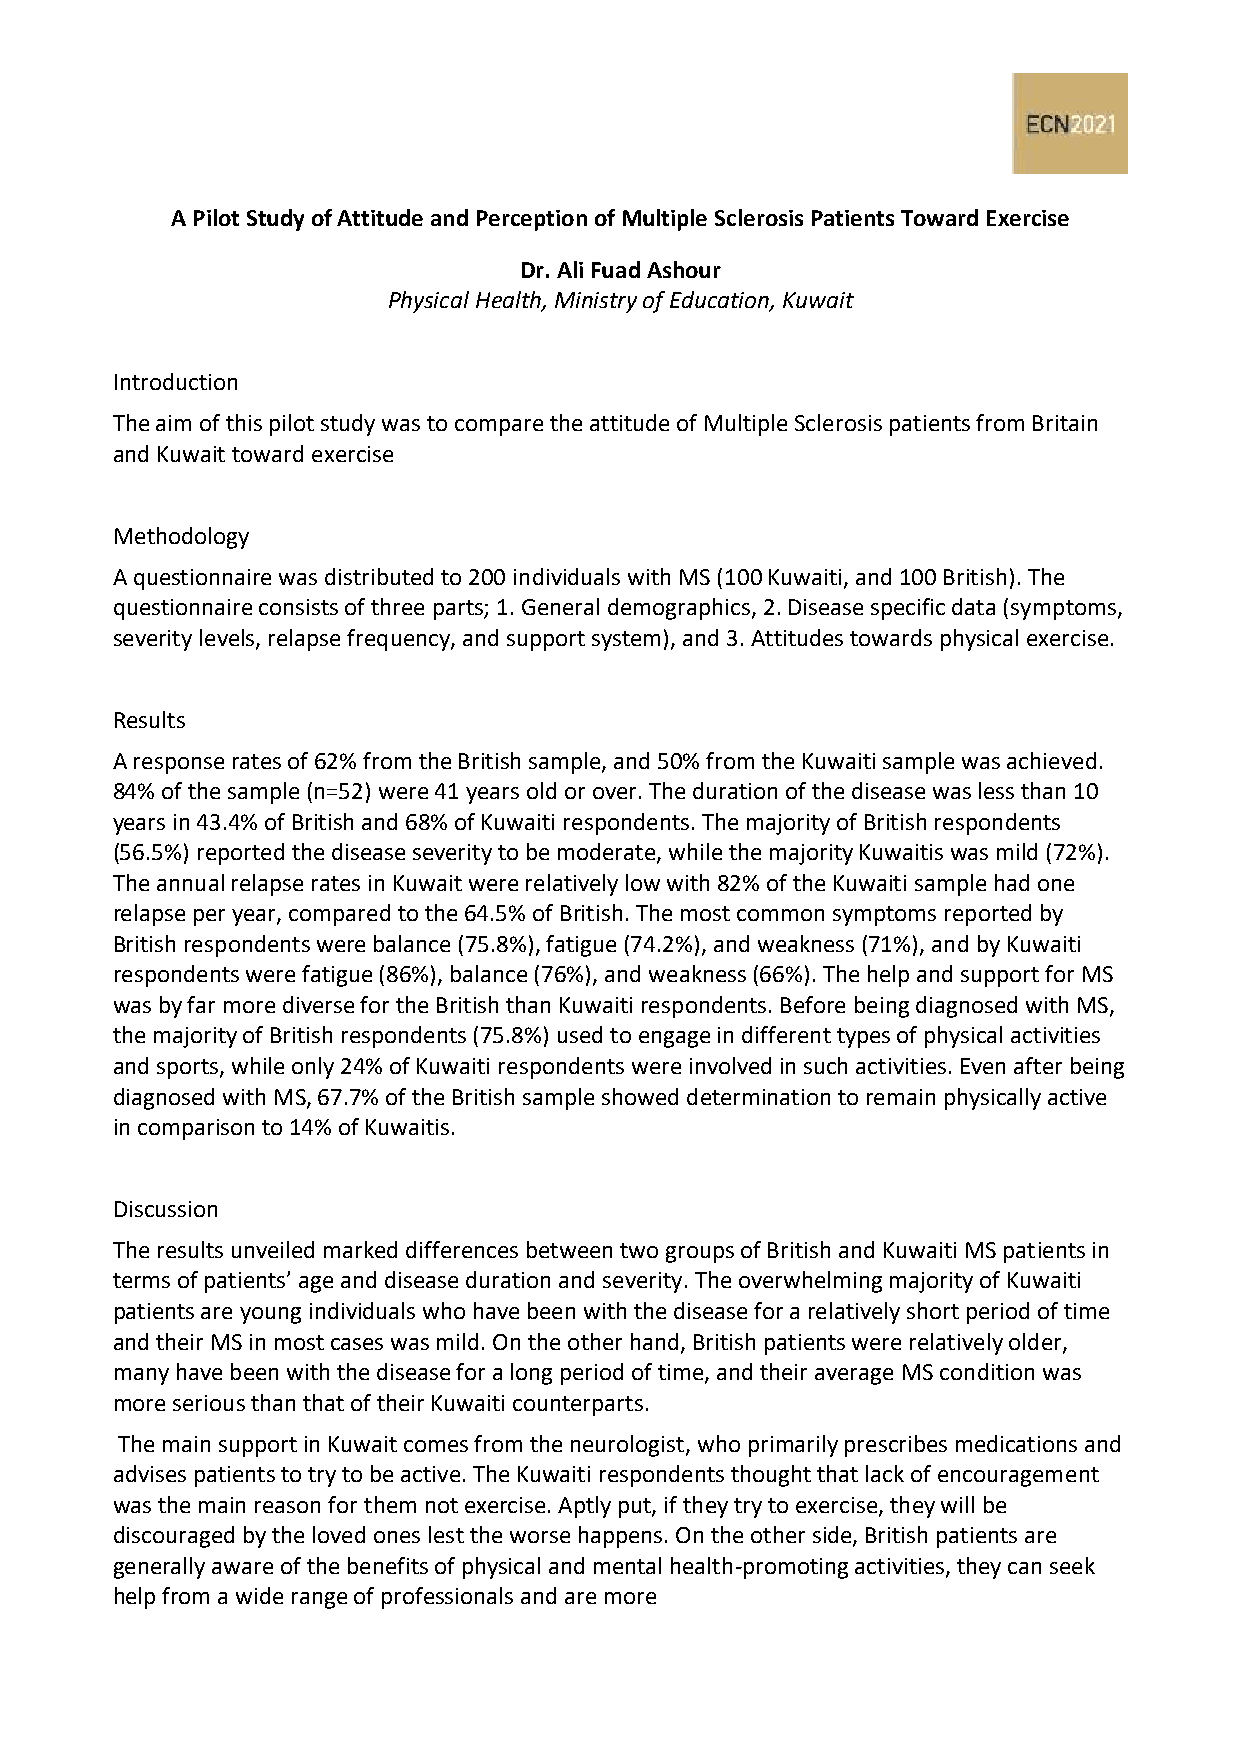
A Pilot Study of Attitude and Perception of Multiple Sclerosis Patients Toward Exercise
 Dr. Ali Fuad Ashour
 Physical Health, Ministry of Education, Kuwait
 Introduction
 The aim of this pilot study was to compare the attitude of Multiple Sclerosis patients from Britain
 and Kuwait toward exercise
 Methodology
 A questionnaire was distributed to 200 individuals with MS (100 Kuwaiti, and 100 British). The
 questionnaire consists of three parts; 1. General demographics, 2. Disease specific data (symptoms,
 severity levels, relapse frequency, and support system), and 3. Attitudes towards physical exercise.
 Results
 A response rates of 62% from the British sample, and 50% from the Kuwaiti sample was achieved.
 84% of the sample (n=52) were 41 years old or over. The duration of the disease was less than 10
 years in 43.4% of British and 68% of Kuwaiti respondents. The majority of British respondents
 (56.5%) reported the disease severity to be moderate, while the majority Kuwaitis was mild (72%).
 The annual relapse rates in Kuwait were relatively low with 82% of the Kuwaiti sample had one
 relapse per year, compared to the 64.5% of British. The most common symptoms reported by
 British respondents were balance (75.8%), fatigue (74.2%), and weakness (71%), and by Kuwaiti
 respondents were fatigue (86%), balance (76%), and weakness (66%). The help and support for MS
 was by far more diverse for the British than Kuwaiti respondents. Before being diagnosed with MS,
 the majority of British respondents (75.8%) used to engage in different types of physical activities
 and sports, while only 24% of Kuwaiti respondents were involved in such activities. Even after being
 diagnosed with MS, 67.7% of the British sample showed determination to remain physically active
 in comparison to 14% of Kuwaitis.
 Discussion
 The results unveiled marked differences between two groups of British and Kuwaiti MS patients in
 terms of patients’ age and disease duration and severity. The overwhelming majority of Kuwaiti
 patients are young individuals who have been with the disease for a relatively short period of time
 and their MS in most cases was mild. On the other hand, British patients were relatively older,
 many have been with the disease for a long period of time, and their average MS condition was
 more serious than that of their Kuwaiti counterparts.
 The main support in Kuwait comes from the neurologist, who primarily prescribes medications and
 advises patients to try to be active. The Kuwaiti respondents thought that lack of encouragement
 was the main reason for them not exercise. Aptly put, if they try to exercise, they will be
 discouraged by the loved ones lest the worse happens. On the other side, British patients are
 generally aware of the benefits of physical and mental health-promoting activities, they can seek
 help from a wide range of professionals and are more